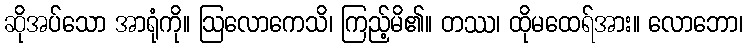
ဆိုအပ်သော အာရုံကို။ ဩလောကေသိ၊ ကြည့်မိ၏။ တဿ၊ ထိုမထေရ်အား။ လောဘော၊